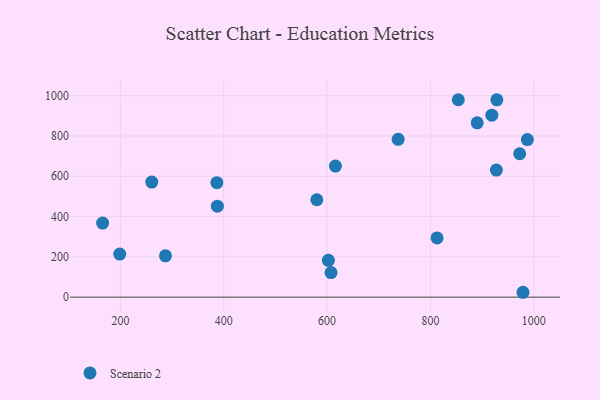
{"axis": {"x": "Speed", "y": "Salary"}, "legend": ["Scenario 2"], "data": [{"x": "387.7", "y": 451.7, "type": "Scenario 2"}, {"x": "607.6", "y": 122.0, "type": "Scenario 2"}, {"x": "853.9", "y": 980.1, "type": "Scenario 2"}, {"x": "198.7", "y": 213.9, "type": "Scenario 2"}, {"x": "602.5", "y": 182.7, "type": "Scenario 2"}, {"x": "927.6", "y": 630.8, "type": "Scenario 2"}, {"x": "987.6", "y": 782.2, "type": "Scenario 2"}, {"x": "737.5", "y": 783.3, "type": "Scenario 2"}, {"x": "979.1", "y": 24.2, "type": "Scenario 2"}, {"x": "890.5", "y": 865.2, "type": "Scenario 2"}, {"x": "386.7", "y": 568.3, "type": "Scenario 2"}, {"x": "928.5", "y": 979.6, "type": "Scenario 2"}, {"x": "918.8", "y": 903.5, "type": "Scenario 2"}, {"x": "260.7", "y": 571.4, "type": "Scenario 2"}, {"x": "616.2", "y": 650.6, "type": "Scenario 2"}, {"x": "165.6", "y": 367.9, "type": "Scenario 2"}, {"x": "287.2", "y": 205.3, "type": "Scenario 2"}, {"x": "972.7", "y": 712.0, "type": "Scenario 2"}, {"x": "812.8", "y": 294.1, "type": "Scenario 2"}, {"x": "580.1", "y": 483.5, "type": "Scenario 2"}]}